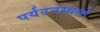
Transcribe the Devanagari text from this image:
पर्यटनस्थलों